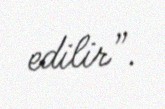
edilir”.